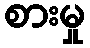
စားမှု